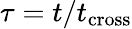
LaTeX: \tau=t/t_{\mathrm{cross}}